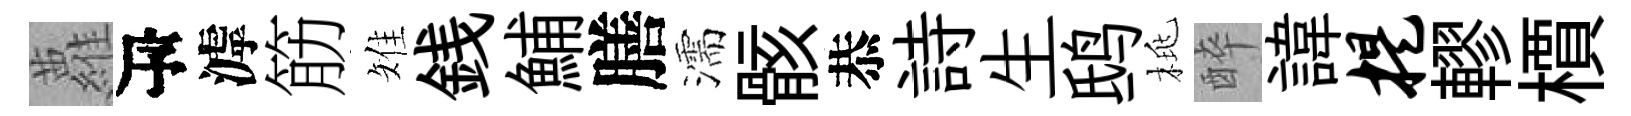
蘿瓴滹筋雉銭鯆膳濡骸恭詩生鸱桃醉諱提轇檟